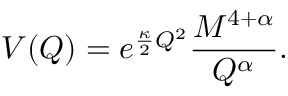
V ( Q ) = e ^ { \frac { \kappa } { 2 } Q ^ { 2 } } \frac { M ^ { 4 + \alpha } } { Q ^ { \alpha } } .